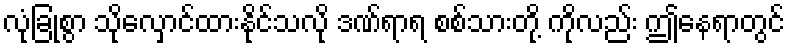
လုံခြုံစွာ သိုလှောင်ထားနိုင်သလို ဒဏ်ရာရ စစ်သားတို့ ကိုလည်း ဤနေရာတွင်